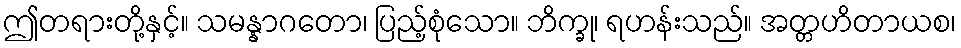
ဤတရားတို့နှင့်။ သမန္နာဂတော၊ ပြည့်စုံသော။ ဘိက္ခု၊ ရဟန်းသည်။ အတ္တဟိတာယစ၊